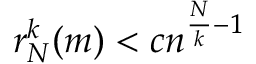
r _ { N } ^ { k } ( m ) < c n ^ { { \frac { N } { k } } - 1 }